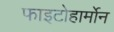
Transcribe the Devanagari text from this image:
फाइटोहार्मोन